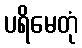
ပရိမေတုံ